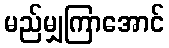
မည်မျှကြာအောင်